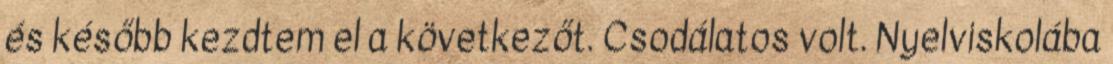
és később kezdtem el a következőt. Csodálatos volt. Nyelviskolába